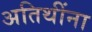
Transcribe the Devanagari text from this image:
अतिथींना